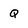
Character: Q